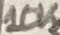
Text: 10K